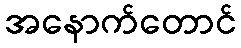
အနောက်တောင်